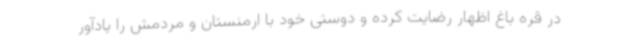
در قره باغ اظهار رضایت کرده و دوستی خود با ارمنستان و مردمش را یادآور